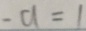
- a = 1